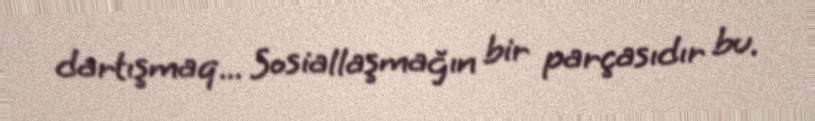
dartışmaq... Sosiallaşmağın bir parçasıdır bu.